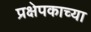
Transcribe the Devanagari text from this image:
प्रक्षेपकाच्या